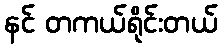
နင် တကယ်ရိုင်းတယ်